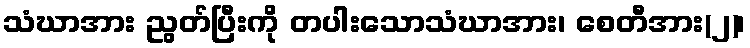
သံဃာအား ညွတ်ပြီးကို တပါးသောသံဃာအား၊ စေတီအား(၂)၊